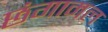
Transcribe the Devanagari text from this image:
छंगामल